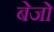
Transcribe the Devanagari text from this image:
बेजो